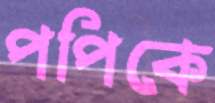
পপিকে